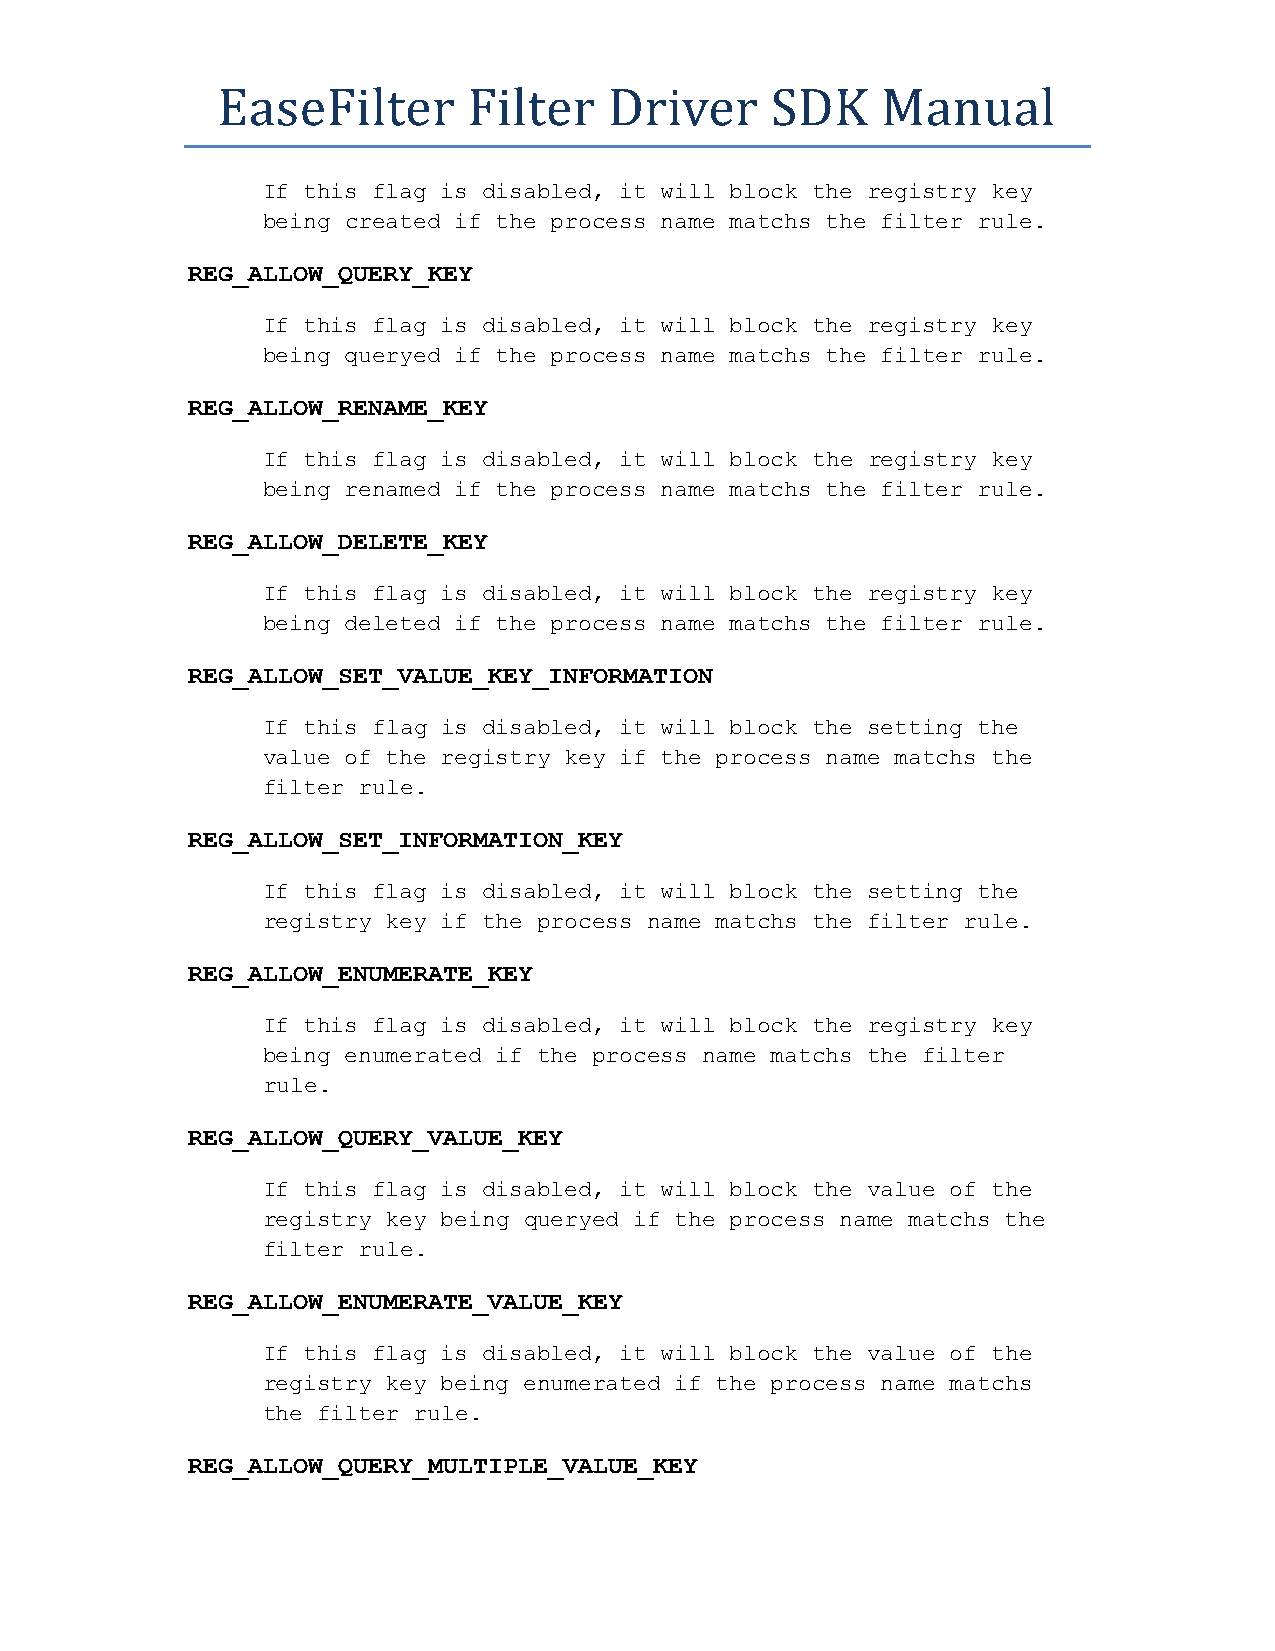
EaseFilter       Filter   Driver     SDK    Manual
 If this flag is disabled, it will block the registry key
 being created if the process name matchs the filter rule.
 REG_ALLOW_QUERY_KEY
 If this flag is disabled, it will block the registry key
 being queryed if the process name matchs the filter rule.
 REG_ALLOW_RENAME_KEY
 If this flag is disabled, it will block the registry key
 being renamed if the process name matchs the filter rule.
 REG_ALLOW_DELETE_KEY
 If this flag is disabled, it will block the registry key
 being deleted if the process name matchs the filter rule.
 REG_ALLOW_SET_VALUE_KEY_INFORMATION
 If this flag is disabled, it will block the setting the
 value of the registry key if the process name matchs the
 filter rule.
 REG_ALLOW_SET_INFORMATION_KEY
 If this flag is disabled, it will block the setting the
 registry key if the process name matchs the filter rule.
 REG_ALLOW_ENUMERATE_KEY
 If this flag is disabled, it will block the registry key
 being enumerated if the process name matchs the filter
 rule.
 REG_ALLOW_QUERY_VALUE_KEY
 If this flag is disabled, it will block the value of the
 registry key being queryed if the process name matchs the
 filter rule.
 REG_ALLOW_ENUMERATE_VALUE_KEY
 If this flag is disabled, it will block the value of the
 registry key being enumerated if the process name matchs
 the filter rule.
 REG_ALLOW_QUERY_MULTIPLE_VALUE_KEY